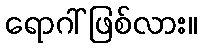
ရောဂါ် ဖြစ်လား။